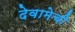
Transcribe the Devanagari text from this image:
देवामेची